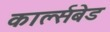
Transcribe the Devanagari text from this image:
कार्ल्सबेड